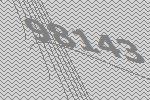
98143